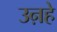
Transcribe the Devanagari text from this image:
उऩहे